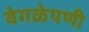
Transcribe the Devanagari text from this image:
वेगळेपणी